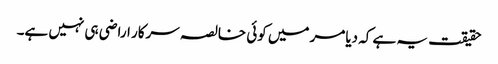
حقیقت یہ ہے کہ دیامر میں کوئی خالصہ سرکار اراضی ہی نہیں ہے۔